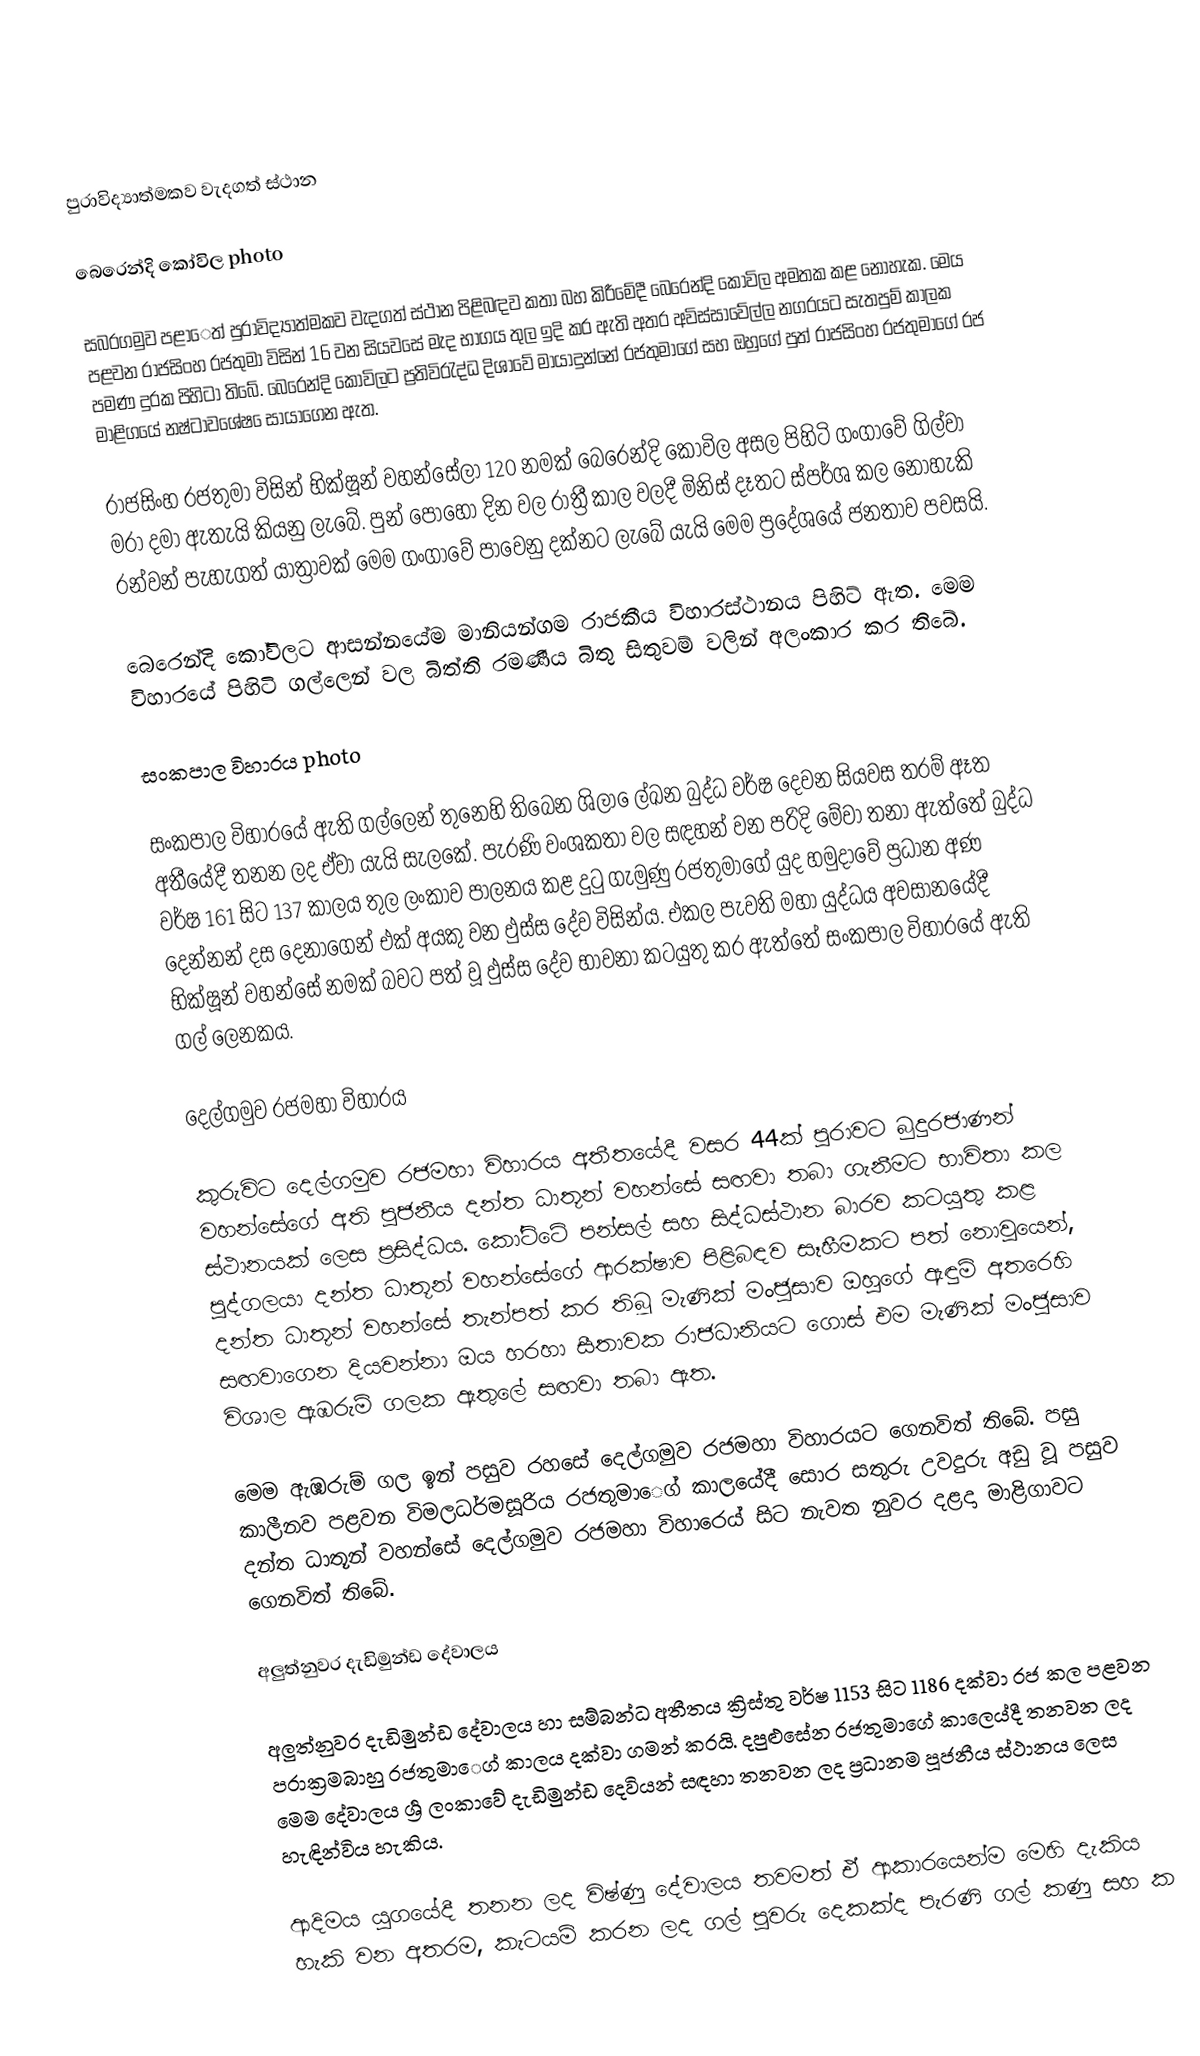

පුරාවිද්‍යාත්මකව වැදගත් ස්ථාන

බෙරෙන්දි කෝවිල  photo

සබරගමුව පළා‍ෙත් පුරාවිද්‍යාත්මකව වැදගත් ස්ථාන පිළිබඳව කතා බහ කිරීමේදී බෙරෙන්දි කෝවිල අමතක කළ නොහැක. මෙය පළවන රාජසිංහ රජතුමා විසින් 16 වන සියවසේ මැද භාගය තුල ඉදි කර ඇති අතර අවිස්සාවේල්ල නගරයට සැතපුම් කාලක පමණ දුරක පිහිටා තිබේ. බෙරෙන්දි කෝවිලට ප්‍රතිවිරැද්ධ දිශාවේ මායාදුන්නේ රජතුමාගේ සහ ඔහුගේ පුත් රාජසිංහ රජතුමාගේ රජ මාළිගයේ නෂ්ටාවශේෂ ‍ෙසායාගෙන ඇත.

	රාජසිංහ රජතුමා විසින් භික්ෂූන් වහන්සේලා 120 නමක් බෙරෙන්දි කෝවිල අසල පිහිටි ගංගාවේ ගිල්වා මරා දමා ඇතැයි කියනු ලැබේ. පුන් පොහෝ දින වල රාත්‍රී කාල වලදී මිනිස් දෑතට ස්පර්ශ කල නොහැකි රන්වන් පැහැගත් යාත්‍රාවක් මෙම ගංගාවේ පාවෙනු දක්නට ලැබේ යැයි මෙම ප්‍රදේශයේ ජනතාව පවසයි.

	බෙරෙන්දි කෝවිලට ආසන්නයේම මානියන්ගම රාජකීය විහාරස්ථානය පිහිට් ඇත. මෙම විහාරයේ පිහිටි ගල්ලෙන් වල බිත්ති රමණීය බිතු සිතුවම් වලින් අලංකාර කර තිබේ.

සංකපාල විහාරය  photo

	සංකපාල විහාරයේ ඇති ගල්ලෙන් තුනෙහි තිබෙන ශිලා ‍ෙල්ඛන බුද්ධ වර්ෂ දෙවන සියවස තරම් ඈත අතීයේදී තනන ලද ඒවා යැයි සැලකේ. පැරණි වංශකතා වල සඳහන් වන පරිදි මේවා තනා ඇත්තේ බුද්ධ වර්ෂ 161 සිට 137 කාලය තුල ලංකාව පාලනය කළ දුටු ගැමුණු රජතුමාගේ යුද හමුදාවේ ප්‍රධාන අණ දෙන්නන් දස දෙනාගෙන් එක් අයකු වන ඵුස්ස දේව විසින්ය. එකල පැවති මහා යුද්ධය අවසානයේදී  භික්ෂූන් වහන්සේ  නමක් බවට පත් වූ ඵුස්ස දේව භාවනා කටයුතු කර ඇත්තේ සංකපාල විහාරයේ ඇති ගල් ලෙනකය.

දෙල්ගමුව රජමහා විහාරය

	කුරුවිට දෙල්ගමුව රජමහා විහාරය අතීතයේදී වසර 44ක් පුරාවට බුදුරජාණන් වහන්සේගේ අති පූජනීය දන්ත ධාතූන් වහන්සේ සඟවා තබා ගැනීමට භාවිතා කල ස්ථානයක් ලෙස ප්‍රසිද්ධය. කෝට්ටේ පන්සල් සහ සිද්ධස්ථාන බාරව කටයුතු කළ පුද්ගලයා දන්ත ධාතූන් වහන්සේගේ ආරක්ෂාව පිළිබඳව සෑහීමකට පත් නොවූයෙන්, දන්ත ධාතූන් වහන්සේ තැන්පත් කර තිබූ මැණික් මංජුසාව ඔහුගේ ඇඳුම් අතරෙහි සඟවාගෙන දියවන්නා ඔය හරහා සීතාවක රාජධානියට ගොස්  එම මැණික් මංජුසාව විශාල ඇඹරුම් ගලක ඇතුලේ සඟවා තබා ඇත.

	මෙම ඇඹරුම් ගල ඉන් පසුව රහසේ දෙල්ගමුව රජමහා විහාරයට ගෙනවිත් තිබේ. පසු කාලීනව පළවන විමලධර්මසූරිය රජතුමා‍ෙග් කාලයේදී සොර සතුරු උවදුරු අඩු වූ පසුව දන්ත ධාතූන් වහන්සේ දෙල්ගමුව රජමහා විහාර‍ෙය් සිට නැවත නුවර දළදා මාළිගාවට ගෙනවිත් තිබේ.

අලුත්නුවර දැඩිමුන්ඩ දේවාලය

	අලුත්නුවර දැඩිමුන්ඩ දේවාලය හා සම්බන්ධ අතීතය ක්‍රිස්තු වර්ෂ 1153 සිට 1186 දක්වා රජ කල පළවන පරාක්‍රමබාහු රජතුමා‍ෙග් කාලය දක්වා ගමන් කරයි. දපුළුසේන රජතුමාගේ කාල‍ෙය්දී තනවන ලද මෙම දේවාලය ශ්‍රර්‍ ලංකාවේ දැඩිමුන්ඩ දෙවියන් සඳහා තනවන ලද ප්‍රධානම පූජනීය ස්ථානය ලෙස හැඳින්විය හැකිය.

	ආදිමය යුගයේදී තනන ලද විෂ්ණු දේවාලය තවමත් ඒ ආකාරයෙන්ම මෙහි දැකිය හැකි වන අතරම, කැටයම් කරන ලද ගල් පුවරු දෙකක්ද පැරණි ගල් කණු සහ ක